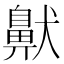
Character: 𫜤